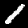
Label: 1